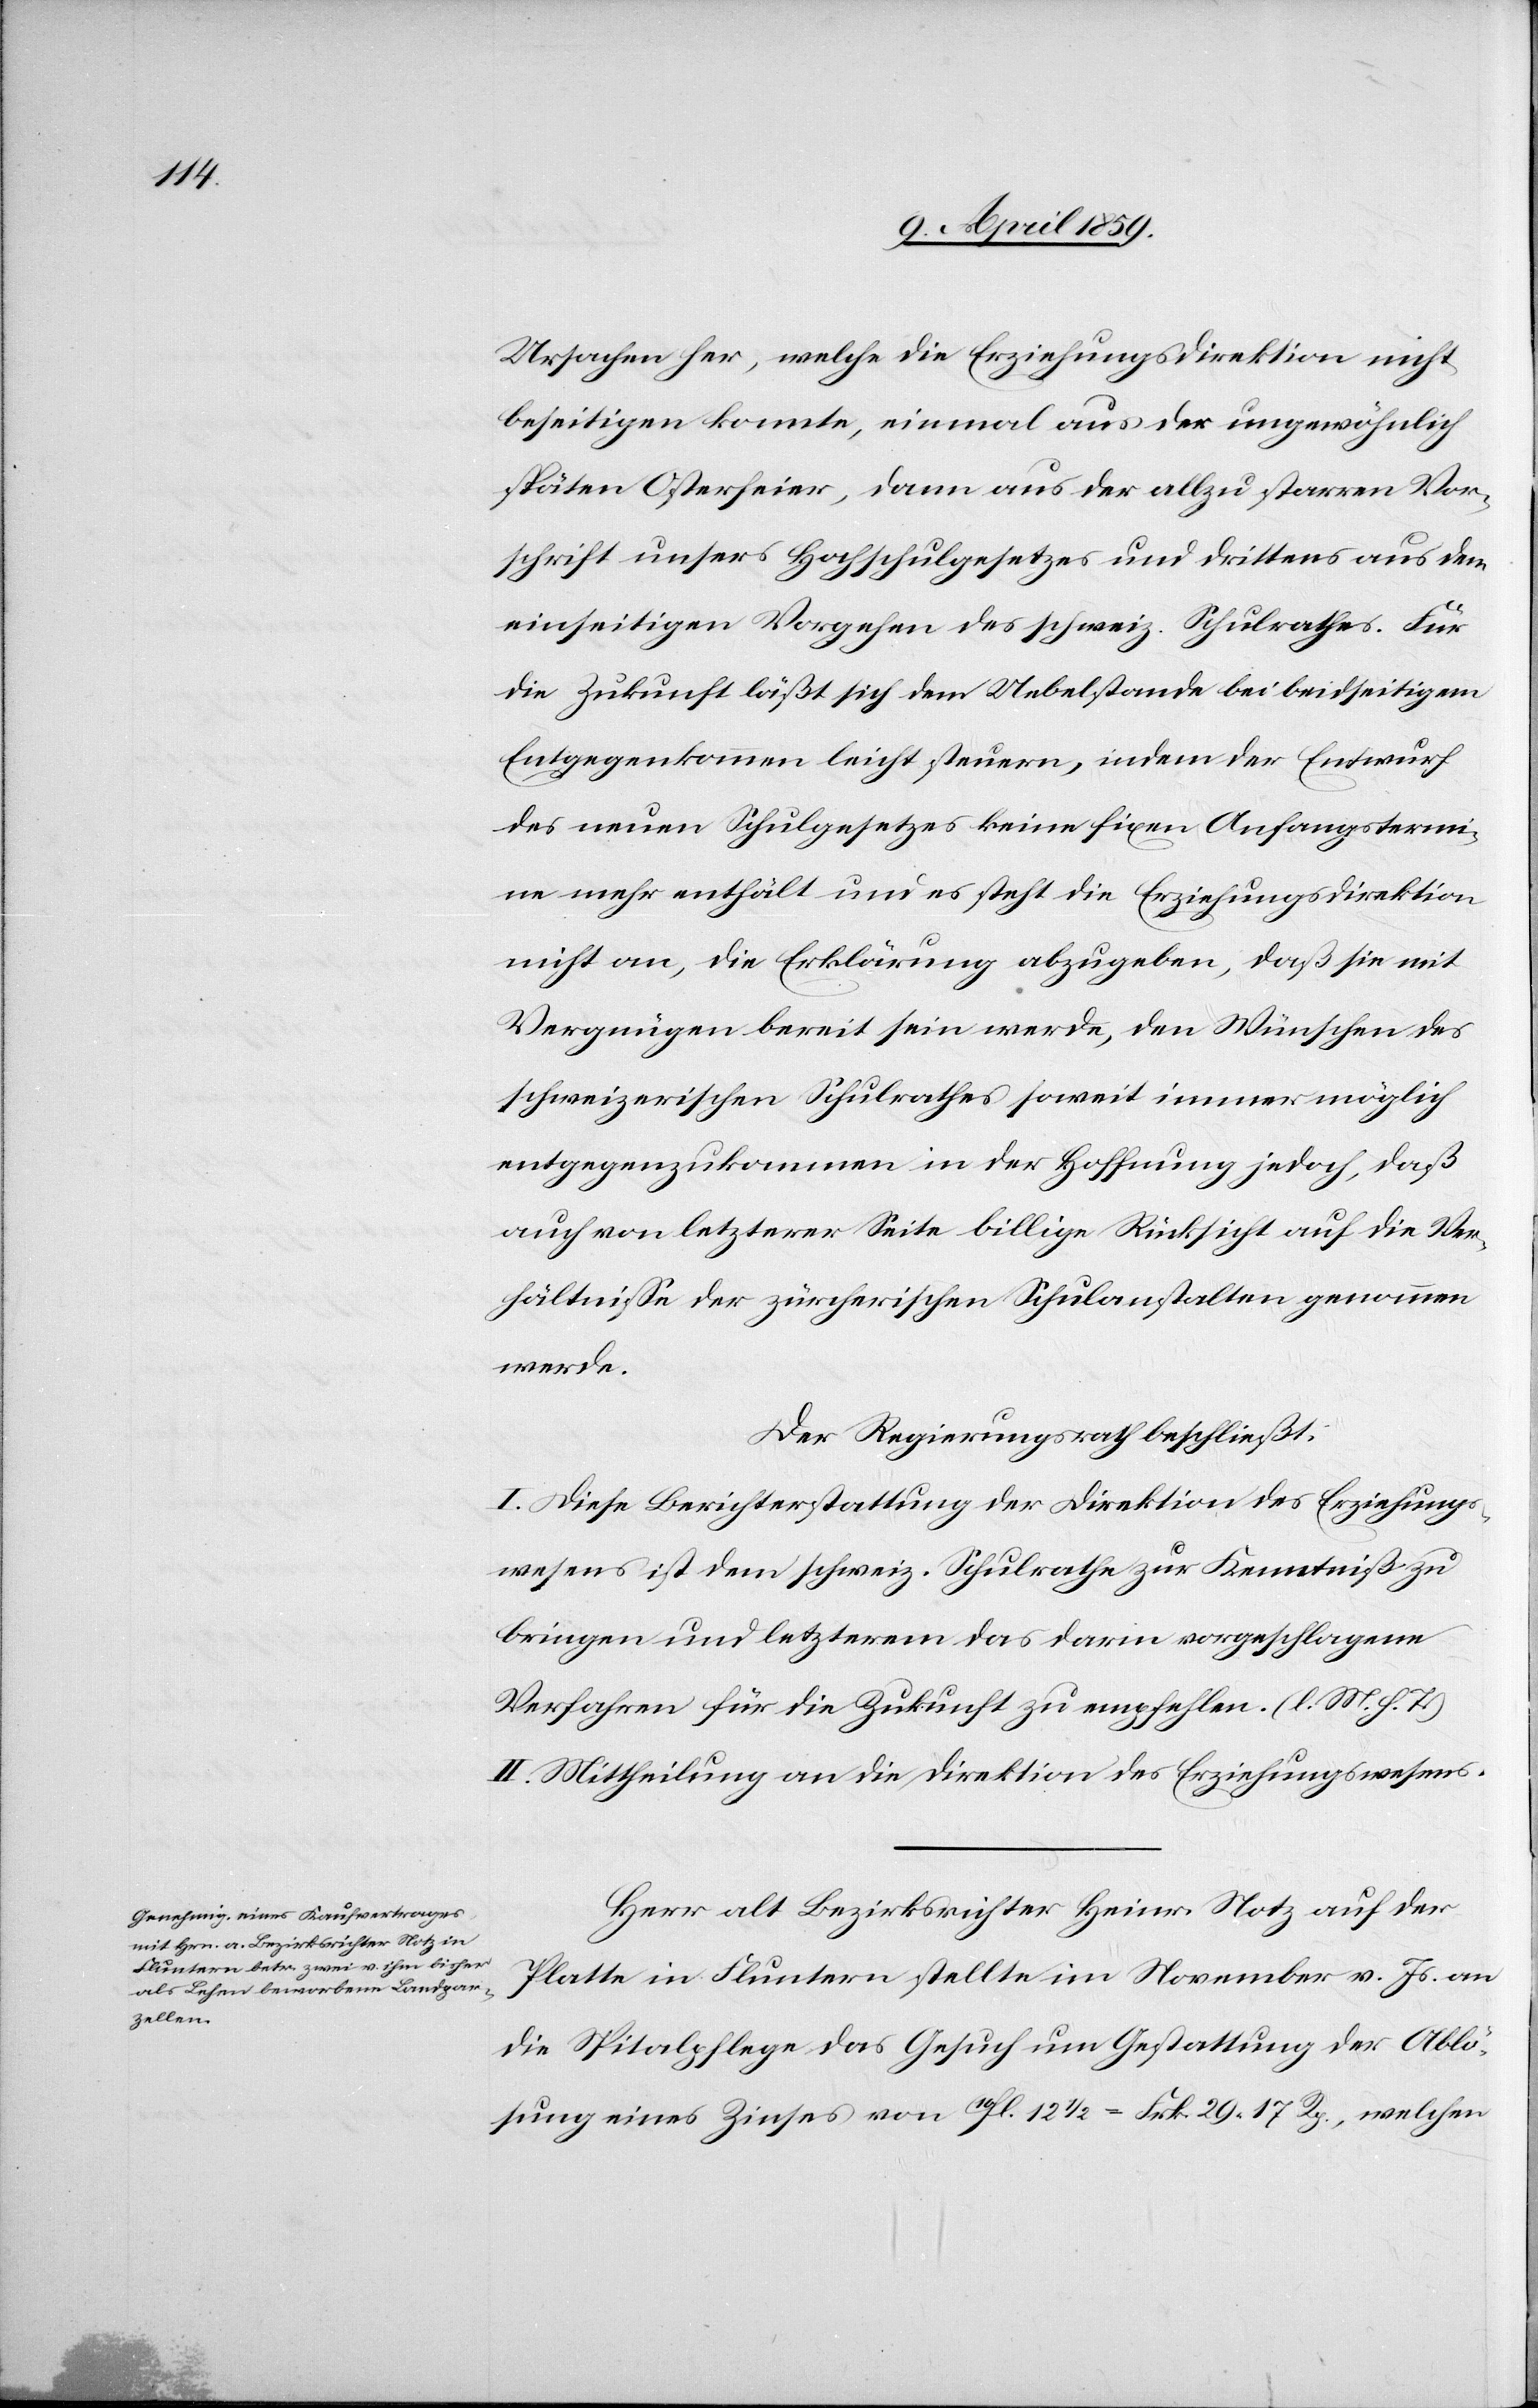
Ursachen her, welche die Erziehungsdirektion nicht
beseitigen konnte, einmal aus der ungewöhnlich
späten Osterfeier, dann aus der allzu starren Vor¬
schrift unsers Hochschulgesetzes und drittens aus dem
einseitigen Vorgehen des schweiz. Schulrathes. Für
die Zukunft läßt sich dem Uebelstande bei beidseitigem
Entgegenkommen leicht steuern, indem der Entwurf
des neuen Schulgesetzes keine fixen Anfangstermi¬
ne mehr enthält und es steht die Erziehungsdirektion
nicht an, die Erklärung abzugeben, daß sie mit
Vergnügen bereit sein werde, den Wünschen des
schweizerischen Schulrathes soweit immer möglich
entgegenzukommen in der Hoffnung jedoch, daß
auch von letzterer Seite billige Rücksicht auf die Ver¬
hältniße der zürcherischen Schulanstalten genommen
werde.
Der Regierungsrath beschließt:
I. Diese Berichterstattung der Direktion des Erziehungs¬
wesens ist dem schweiz. Schulrathe zur Kenntniß zu
bringen und letzterem das darin vorgeschlagene
Verfahren für die Zukunft zu empfehlen. (l. M. h. T.)
II. Mittheilung an die Direktion des Erziehungswesens.
Herr alt Bezirksrichter Heinr. Notz auf der
Platte in Fluntern stellte im November v. Js. an
die Spitalpflege das Gesuch um Gestattung der Ablö¬
sung eines Zinses von 10fl. 12 1/2 = Frk. 29. 17 Rp., welchen